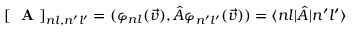
[ \mathrm { ~ \bf ~ A ~ } ] _ { n l , n ^ { \prime } l ^ { \prime } } = ( \varphi _ { n l } ( \vec { v } ) , \hat { A } \varphi _ { n ^ { \prime } l ^ { \prime } } ( \vec { v } ) ) = \langle n l | \hat { A } | n ^ { \prime } l ^ { \prime } \rangle